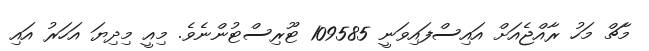
މާޗް މަހު ރާއްޖެއަށް އައިސްފައިވަނީ 109585 ޓޫރިސްޓުންނެވެ. މިއީ މިދިޔަ އަހަރު އައި